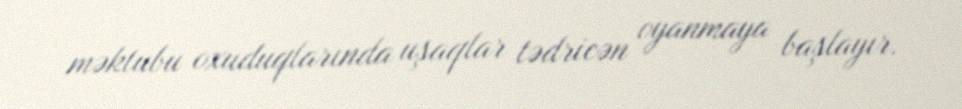
məktubu oxuduqlarında uşaqlar tədricən oyanmaya başlayır.